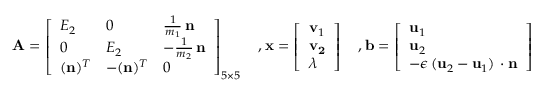
\begin{array} { r l } & { \mathbf { A } = \left[ \begin{array} { l l l } { E _ { 2 } } & { 0 } & { \frac { 1 } { m _ { 1 } } \, \mathbf { n } } \\ { 0 } & { E _ { 2 } } & { - \frac { 1 } { m _ { 2 } } \, \mathbf { n } } \\ { ( \mathbf { n } ) ^ { T } } & { - ( \mathbf { n } ) ^ { T } } & { 0 } \end{array} \right] _ { 5 \times 5 } \quad , \mathbf x = \left[ \begin{array} { l } { \mathbf { v } _ { 1 } } \\ { \mathbf { v _ { 2 } } } \\ { \lambda } \end{array} \right] \quad , \mathbf b = \left[ \begin{array} { l } { \mathbf { u } _ { 1 } } \\ { \mathbf { u } _ { 2 } } \\ { - \epsilon \, ( \mathbf u _ { 2 } - \mathbf u _ { 1 } ) \, \cdot \mathbf n } \end{array} \right] } \end{array}